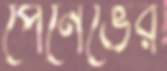
পেনেভের